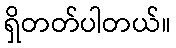
ရှိတတ်ပါတယ်။